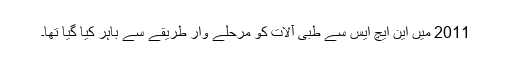
2011 میں این ایچ ایس سے طبی آلات کو مرحلے وار طریقے سے باہر کیا گیا تھا۔